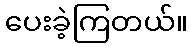
ပေးခဲ့ကြတယ်။